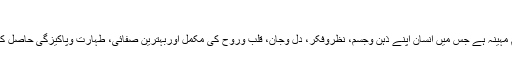
بقول شاعر
یہ وہ عظیم مہینہ ہے جس میں انسان اپنے ذہن وجسم، نظروفکر، دل وجان، قلب وروح کی مکمل اوربہترین صفائی، طہارت وپاکیزگی حاصل کرسکتا ہے۔